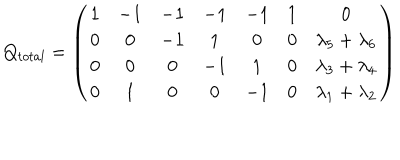
Q _ { t o t a l } = \left( \begin{matrix} { { 1 } } & { { - 1 } } & { { - 1 } } & { { - 1 } } & { { - 1 } } & { { 1 } } & { { 0 } } \\ { { 0 } } & { { 0 } } & { { - 1 } } & { { 1 } } & { { 0 } } & { { 0 } } & { { \lambda _ { 5 } + \lambda _ { 6 } } } \\ { { 0 } } & { { 0 } } & { { 0 } } & { { - 1 } } & { { 1 } } & { { 0 } } & { { \lambda _ { 3 } + \lambda _ { 4 } } } \\ { { 0 } } & { { 1 } } & { { 0 } } & { { 0 } } & { { - 1 } } & { { 0 } } & { { \lambda _ { 1 } + \lambda _ { 2 } } } \\ \end{matrix} \right)